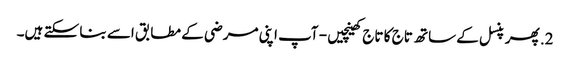
2. پھر پنسل کے ساتھ تاج کا تاج کھینچیں - آپ اپنی مرضی کے مطابق اسے بنا سکتے ہیں۔